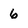
Character: 6